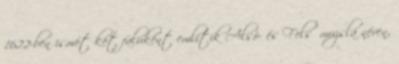
1622-ben ismét két faluként említik Alsó- és Felsőmuzsla néven,